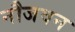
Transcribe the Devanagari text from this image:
नौजवन